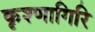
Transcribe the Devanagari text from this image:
कृश्णागिरि